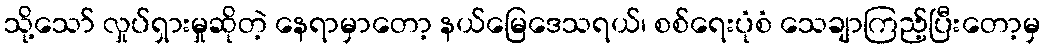
သို့သော် လှုပ်ရှားမှုဆိုတဲ့ နေရာမှာတော့ နယ်မြေဒေသရယ်၊ စစ်ရေးပုံစံ သေချာကြည့်ပြီးတော့မှ